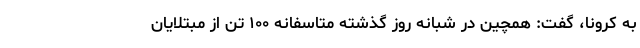
به کرونا، گفت: همچین در شبانه روز گذشته متاسفانه ۱۰۰ تن از مبتلایان